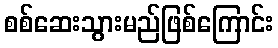
စစ်ဆေးသွားမည်ဖြစ်ကြောင်း